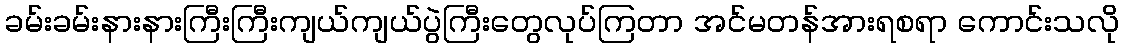
ခမ်းခမ်းနားနားကြီးကြီးကျယ်ကျယ်ပွဲကြီးတွေလုပ်ကြတာ အင်မတန်အားရစရာ ကောင်းသလို